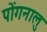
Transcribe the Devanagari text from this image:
पोंगनालु